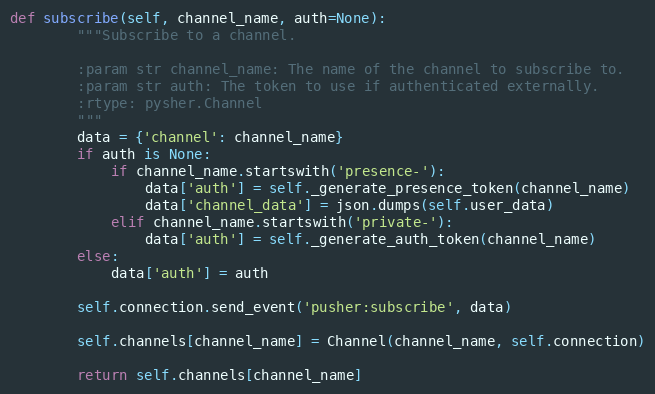
Language: Python
def subscribe(self, channel_name, auth=None):
        """Subscribe to a channel.

        :param str channel_name: The name of the channel to subscribe to.
        :param str auth: The token to use if authenticated externally.
        :rtype: pysher.Channel
        """
        data = {'channel': channel_name}
        if auth is None:
            if channel_name.startswith('presence-'):
                data['auth'] = self._generate_presence_token(channel_name)
                data['channel_data'] = json.dumps(self.user_data)
            elif channel_name.startswith('private-'):
                data['auth'] = self._generate_auth_token(channel_name)
        else:
            data['auth'] = auth

        self.connection.send_event('pusher:subscribe', data)

        self.channels[channel_name] = Channel(channel_name, self.connection)

        return self.channels[channel_name]